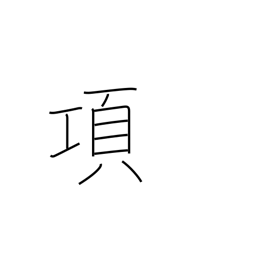
Meaning: paragraph